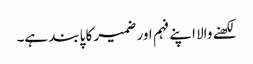
لکھنے والا اپنے فہم اور ضمیر کا پابند ہے۔